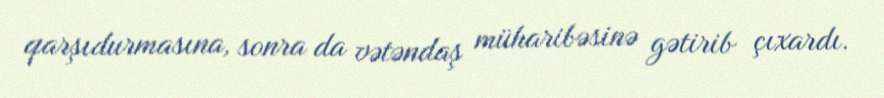
qarşıdurmasına, sonra da vətəndaş müharibəsinə gətirib çıxardı.